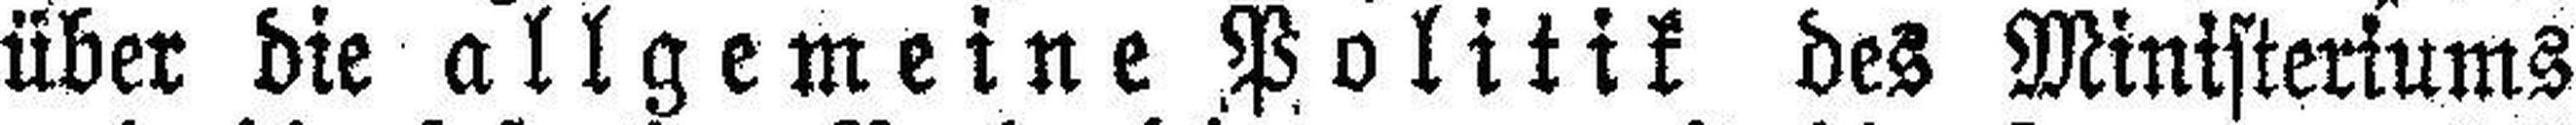
über die allgemeine Politik des Ministeriums